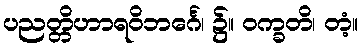
ပညတ္တိဟာရဝိဘင်္ဂေ၊ ၌။ ဝက္ခတိ၊ တံ့။